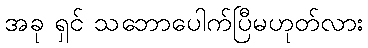
အခု ရှင် သဘောပေါက်ပြီမဟုတ်လား